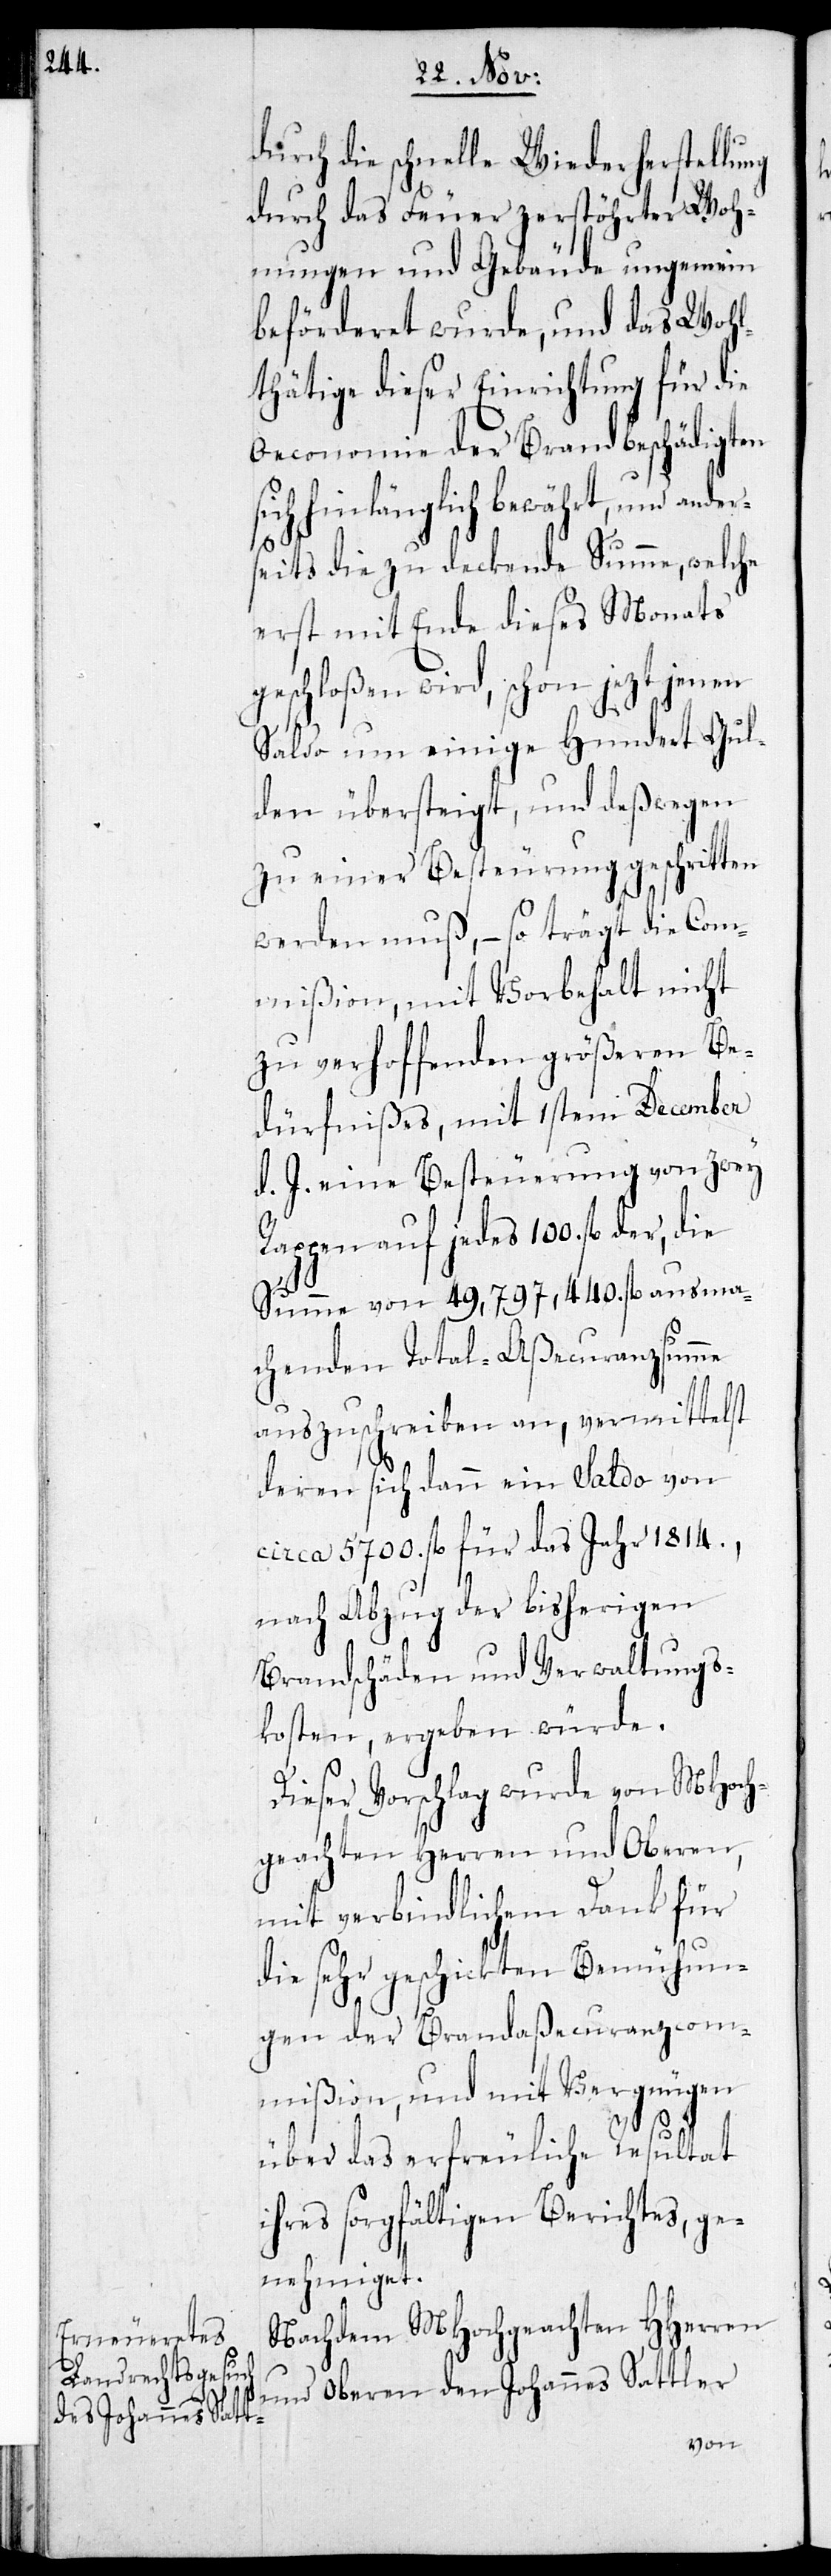
durch die schnelle Wiederherstellung
durch das Feuer zerstöhrter Woh¬
nungen und Gebäude ungemein
beförderet wurde, und das Wohl¬
thätige dieser Einrichtung für die
Oeconomie der Brandbeschädigten
sich hinlänglich bewährt, und ande¬
r¬
seits die zu deckende Summe, welche
erst mit Ende dieses Monats
geschloßen wird, schon jezt jenen
Saldo um einige Hundert Gul¬
den übersteigt, und deswegen
zu einer Besteuerung geschritten
werden muß, – so trägt die Com¬
mißion, mit Vorbehalt nicht
zu verhoffenden größeren Be¬
dürfnißes, mit 1sten December
d. J. eine Besteuerung von zwey
Rappen auf jedes 100. fl. der,
Summe von 49,97,440. fl. ausma¬
chenden Total-Aßecuranzsumme
auszuschreiben an, vermittelst
deren sich dann ein Saldo von
circa 5700. fl. für das Jahr 1814.,
nach Abzug der bisherigen
Brandschäden und Verwaltungs¬
kosten, ergeben würde.
Dieser Vorschlag wurde von MHoch¬
geachten Herren und Oberen,
mit verbindlichem Dank für
die sehr geschickten Bemühun¬
gen der Brandaßecuranzcom¬
mißion, und mit Vergnügen
über das erfreuliche Resultat
ihres sorgfältigen Berichtes, ge¬
nehmiget.
Nachdem MHochgeachten HHerren
und Oberen den Johannes Sattler